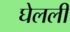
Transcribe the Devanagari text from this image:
घेलली